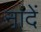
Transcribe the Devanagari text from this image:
नांदें